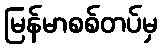
မြန်မာစစ်တပ်မှ